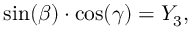
\sin ( \beta ) \cdot \cos ( \gamma ) = Y _ { 3 } ,